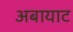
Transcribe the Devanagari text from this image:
अबायाट